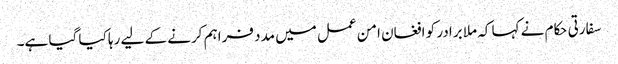
سفارتی حکام نے کہا کہ ملا برادر کو افغان امن عمل میں مدد فراہم کرنے کے لیے رہا کیا گیا ہے۔